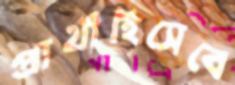
প্রার্থীহিসেবে